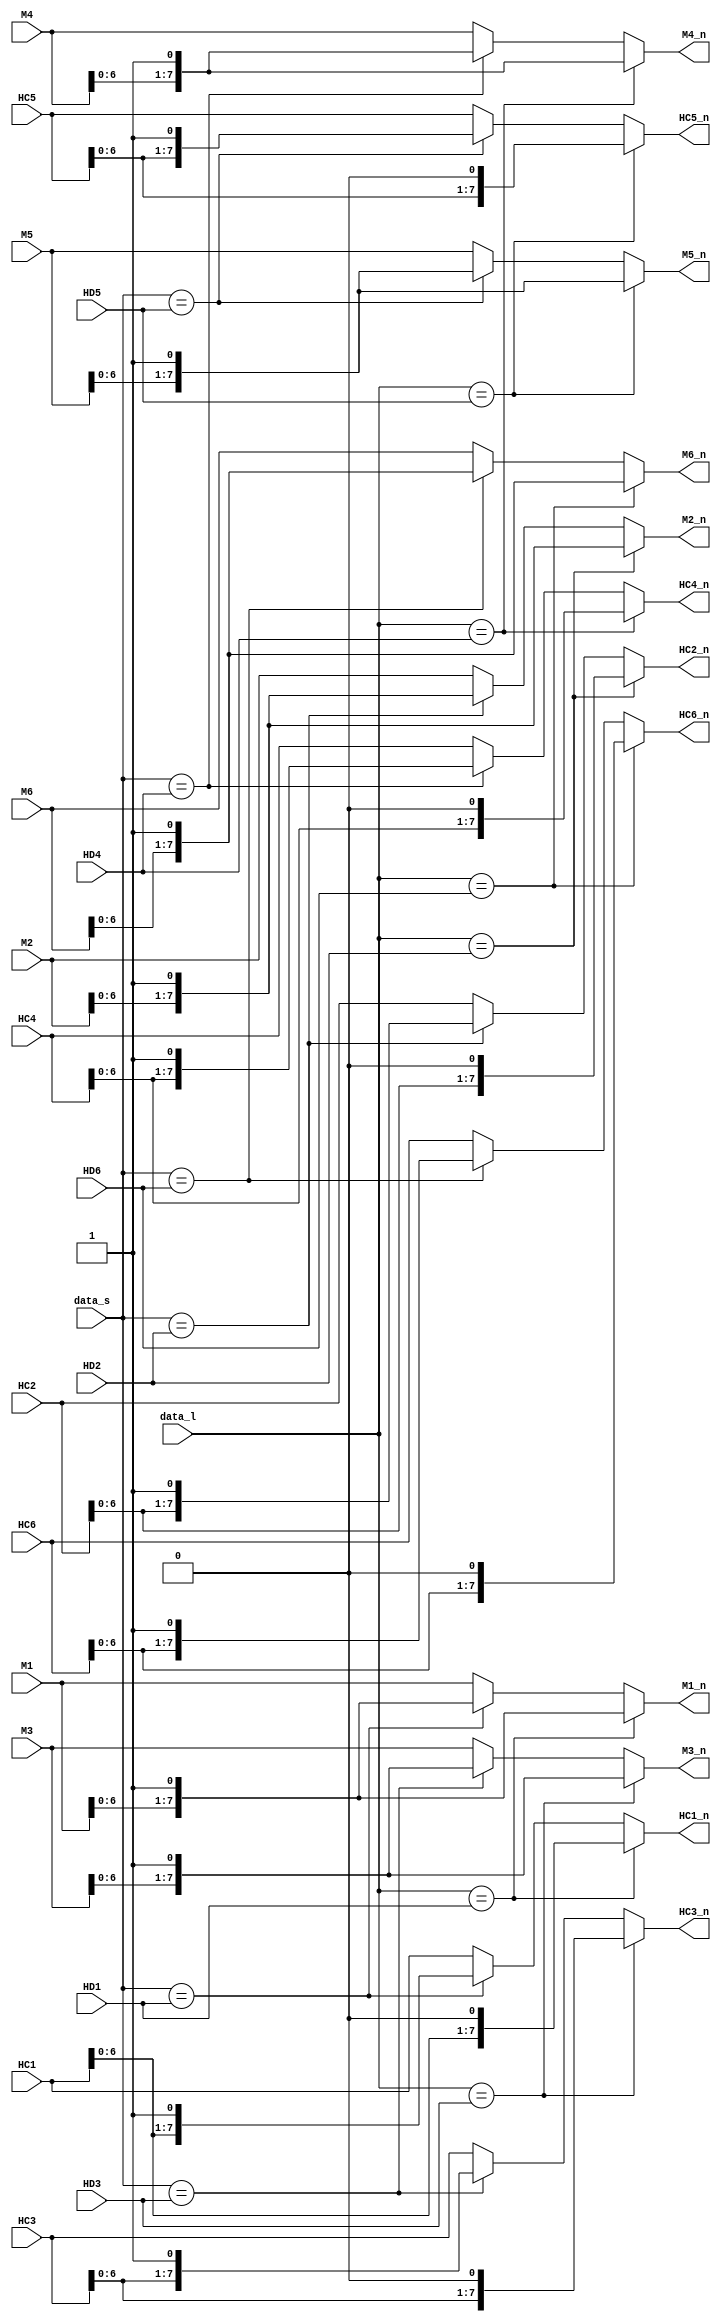
`timescale 1ns/100ps 

module encoder (HD1,HD2,HD3,HD4,HD5,HD6,HC1,HC2,HC3,HC4,HC5,HC6,M1,M2,M3,M4,M5,M6,data_s,data_l,HC1_n,HC2_n,HC3_n,HC4_n,HC5_n,HC6_n,M1_n,M2_n,M3_n,M4_n,M5_n,M6_n);

//============================================in,out===============================//

	input [14:0]HD1;
	input [14:0]HD2;
	input [14:0]HD3;
	input [14:0]HD4;
	input [14:0]HD5;
	input [14:0]HD6;
	
	input [7:0]HC1;
	input [7:0]HC2;
	input [7:0]HC3;
	input [7:0]HC4;
	input [7:0]HC5;
	input [7:0]HC6;
	
	input [7:0]M1;
	input [7:0]M2;
	input [7:0]M3;
	input [7:0]M4;
	input [7:0]M5;
	input [7:0]M6;
	
	input [14:0]data_l;
	input [14:0]data_s;
	
	
	output [7:0]HC1_n;
	output [7:0]HC2_n;
	output [7:0]HC3_n;
	output [7:0]HC4_n;
	output [7:0]HC5_n;
	output [7:0]HC6_n;
	
	output [7:0]M1_n;
	output [7:0]M2_n;
	output [7:0]M3_n;
	output [7:0]M4_n;
	output [7:0]M5_n;
	output [7:0]M6_n;
	
	
	
//=======================================reg======================================//
	
	reg [7:0]M1_n;
	reg [7:0]M2_n;
	reg [7:0]M3_n;
	reg [7:0]M4_n;
	reg [7:0]M5_n;
	reg [7:0]M6_n;
	
	reg [7:0]HC1_n;
	reg [7:0]HC2_n;
	reg [7:0]HC3_n;
	reg [7:0]HC4_n;
	reg [7:0]HC5_n;
	reg [7:0]HC6_n;
	

//=======================================seq======================================//

//==================================comb==============================================//

	always @ (*)
	begin
			if(data_l==HD1)  //cmp A1
			begin
				HC1_n={HC1[6:0],1'b0};
				M1_n={M1[6:0],1'b1};
			end
			else if(data_s==HD1)
			begin
				HC1_n={HC1[6:0],1'b1};
				M1_n={M1[6:0],1'b1};
			end
			else
			begin
				HC1_n=HC1;
				M1_n=M1;
			end
			
			if(data_l==HD2) //cmp A2
			begin
				HC2_n={HC2[6:0],1'b0};
				M2_n={M2[6:0],1'b1};
			end
			else if(data_s==HD2)
			begin
				HC2_n={HC2[6:0],1'b1};
				M2_n={M2[6:0],1'b1};
			end
			else
			begin
				HC2_n=HC2;
				M2_n=M2;
			end
			
			if(data_l==HD3) //cmp A3
			begin
				HC3_n={HC3[6:0],1'b0};
				M3_n={M3[6:0],1'b1};
			end
			else if(data_s==HD3)
			begin
				HC3_n={HC3[6:0],1'b1};
				M3_n={M3[6:0],1'b1};
			end
			else
			begin
				HC3_n=HC3;
				M3_n=M3;
			end
			
			if(data_l==HD4) //cmp A4
			begin
				HC4_n={HC4[6:0],1'b0};
				M4_n={M4[6:0],1'b1};
			end
			else if(data_s==HD4)
			begin
				HC4_n={HC4[6:0],1'b1};
				M4_n={M4[6:0],1'b1};
			end
			else
			begin
				HC4_n=HC4;
				M4_n=M4;
			end
			
			if(data_l==HD5) //cmp A5
			begin
				HC5_n={HC5[6:0],1'b0};
				M5_n={M5[6:0],1'b1};
			end
			else if(data_s==HD5)
			begin
				HC5_n={HC5[6:0],1'b1};
				M5_n={M5[6:0],1'b1};
			end
			else
			begin
				HC5_n=HC5;
				M5_n=M5;
			end
			
			if(data_l==HD6) //cmp A6
			begin
				HC6_n={HC6[6:0],1'b0};
				M6_n={M6[6:0],1'b1};
			end
			else if(data_s==HD6)
			begin
				HC6_n={HC6[6:0],1'b1};
				M6_n={M6[6:0],1'b1};
			end
			else
			begin
				HC6_n=HC6;
				M6_n=M6;
			end
	end
endmodule